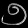
Digit: ၅